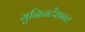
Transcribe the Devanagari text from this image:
युनिनटेंशनल